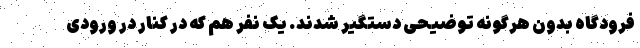
فرودگاه بدون هرگونه توضیحی دستگیر شدند. یک نفر هم که در کنار در ورودی